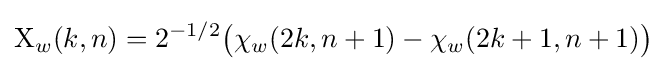
\mathrm {X} _{w}(k,n)=2^{-1/2}{\bigl (}\chi _{w}(2k,n+1)-\chi _{w}(2k+1,n+1){\bigr )}